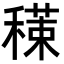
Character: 𥢇